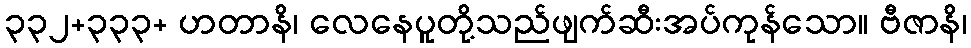
၃၃၂+၃၃၃+ ဟတာနိ၊ လေနေပူတို့သည်ဖျက်ဆီးအပ်ကုန်သော။ ဗီဇာနိ၊